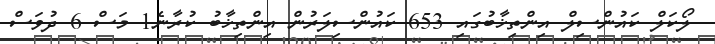
ލޯކަލް ކައުންސިލް އިންތިޚާބުގައި 653 ކައުންސިލަރުން އިންތިޚާބު ކުރާނެ1 މަސް 6 ދުވަސް